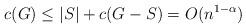
LaTeX: \begin{align*}c(G) \leq |S|+c(G-S) = O(n^{1-\alpha})\end{align*}